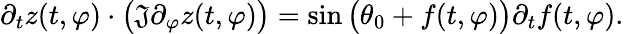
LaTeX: \partial_{t}z(t,\varphi)\cdot\big(\mathfrak{J}\partial_{\varphi}z(t,\varphi)\big)=\sin\big(\theta_{0}+f(t,\varphi)\big)\partial_{t}f(t,\varphi).